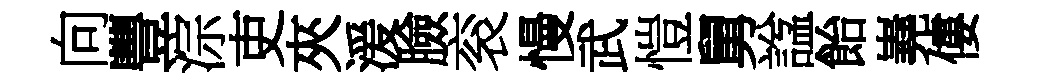
向豐淙吏夾湲臉衮慢武愷舅諡飴嶤僂